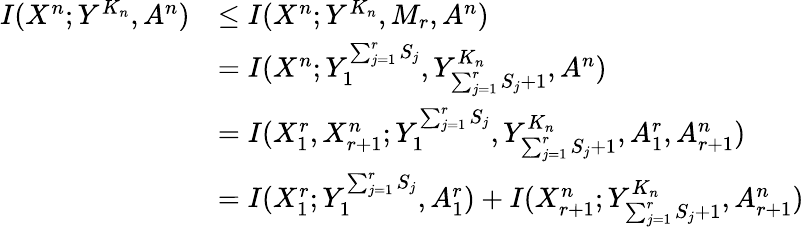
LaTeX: \begin{array}{rl}{I(X^{n};Y^{K_{n}},A^{n})}&{\le I(X^{n};Y^{K_{n}},M_{r},A^{n})}\\ &{=I(X^{n};Y_{1}^{\sum_{j=1}^{r}S_{j}},Y_{\sum_{j=1}^{r}S_{j}+1}^{K_{n}},A^{n})}\\ &{=I(X_{1}^{r},X_{r+1}^{n};Y_{1}^{\sum_{j=1}^{r}S_{j}},Y_{\sum_{j=1}^{r}S_{j}+1}^{K_{n}},A_{1}^{r},A_{r+1}^{n})}\\ &{=I(X_{1}^{r};Y_{1}^{\sum_{j=1}^{r}S_{j}},A_{1}^{r})+I(X_{r+1}^{n};Y_{\sum_{j=1}^{r}S_{j}+1}^{K_{n}},A_{r+1}^{n})}\end{array}